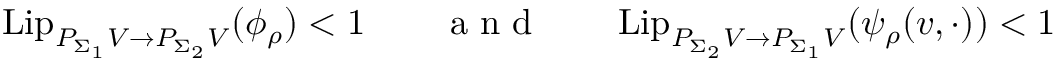
\mathrm { L i p } _ { P _ { \Sigma _ { 1 } } V \to P _ { \Sigma _ { 2 } } V } ( \phi _ { \rho } ) < 1 \qquad \mathrm { ~ a ~ n ~ d ~ } \qquad \mathrm { L i p } _ { P _ { \Sigma _ { 2 } } V \to P _ { \Sigma _ { 1 } } V } ( \psi _ { \rho } ( v , \cdot ) ) < 1